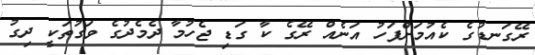
ރޭގަނޑުގެ ކެއުމަށްފަހު އަނެއް ރޭގެ ކާ ގަޑި ޖެހުމާ ދެމެދުގެ ވަގުތަކީ ދިގު